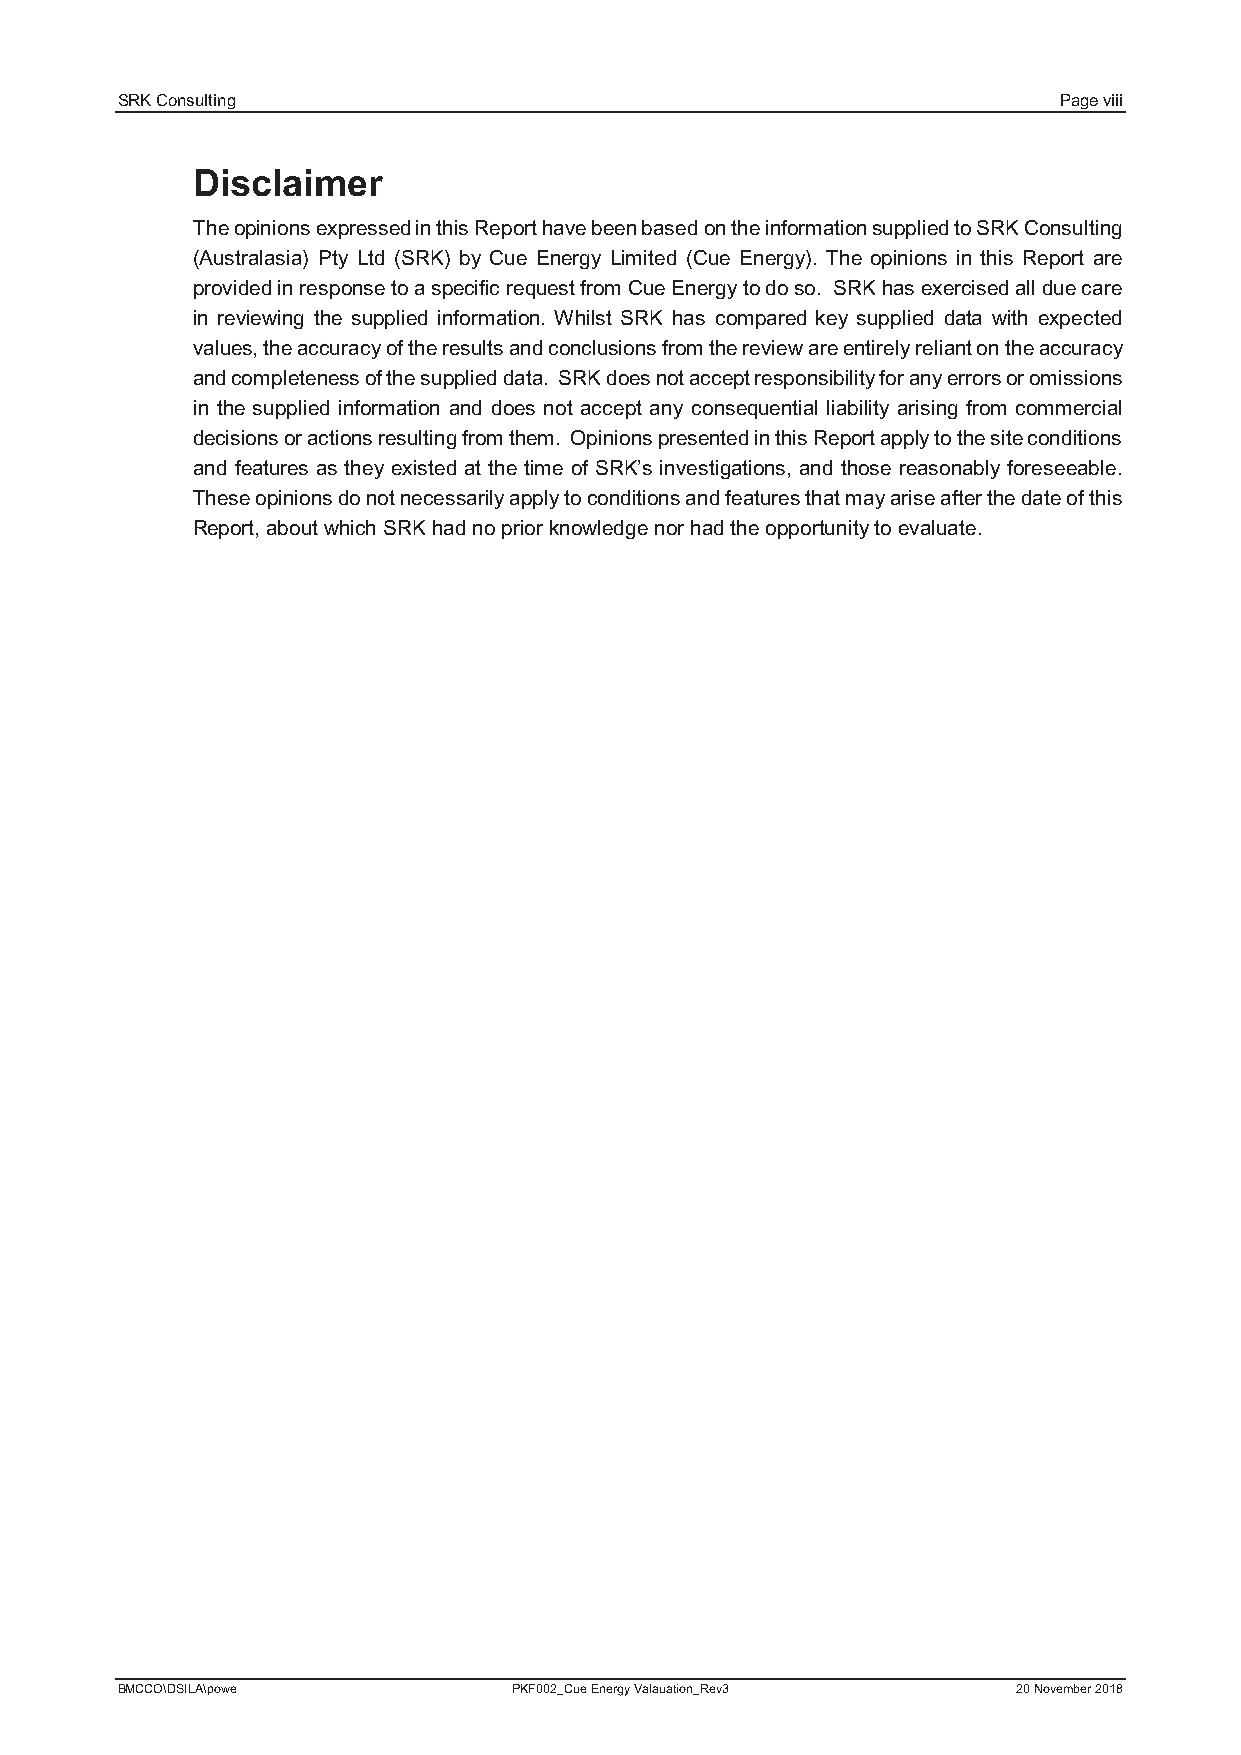
SRK Consulting                                                Page viii
 Disclaimer
 The opinions expressed in this Report have been based on the information supplied to SRK Consulting
 (Australasia) Pty Ltd (SRK) by Cue Energy Limited (Cue Energy). The opinions in this Report are
 provided in response to a specific request from CueEnergyto do so. SRK has exercised all due care
 in reviewing the supplied information. Whilst SRK has compared key supplied data with expected
 values, the accuracy of the results and conclusions from the review are entirely reliant on the accuracy
 and completeness of the supplied data. SRK does not accept responsibility for any errors or omissions
 in the supplied information and does not accept any consequential liability arising from commercial
 decisions or actions resulting from them. Opinions presented in this Report apply to the site conditions
 and features as they existed at the time of SRK’s investigations, and those reasonably foreseeable.
 These opinions do not necessarily apply to conditions and features that may arise after the date of this
 Report, about which SRK had no prior knowledge nor had the opportunity to evaluate.
 BMCCO\DSILA\powe          PKF002_Cue Energy Valauation_Rev3 20 November 2018